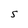
Character: S